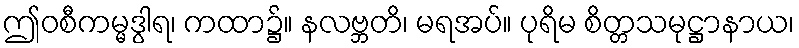
ဤဝစီကမ္မဒွါရ၊ ကထာ၌။ နလဗ္ဘတိ၊ မရအပ်။ ပုရိမ စိတ္တသမုဋ္ဌာနာယ၊